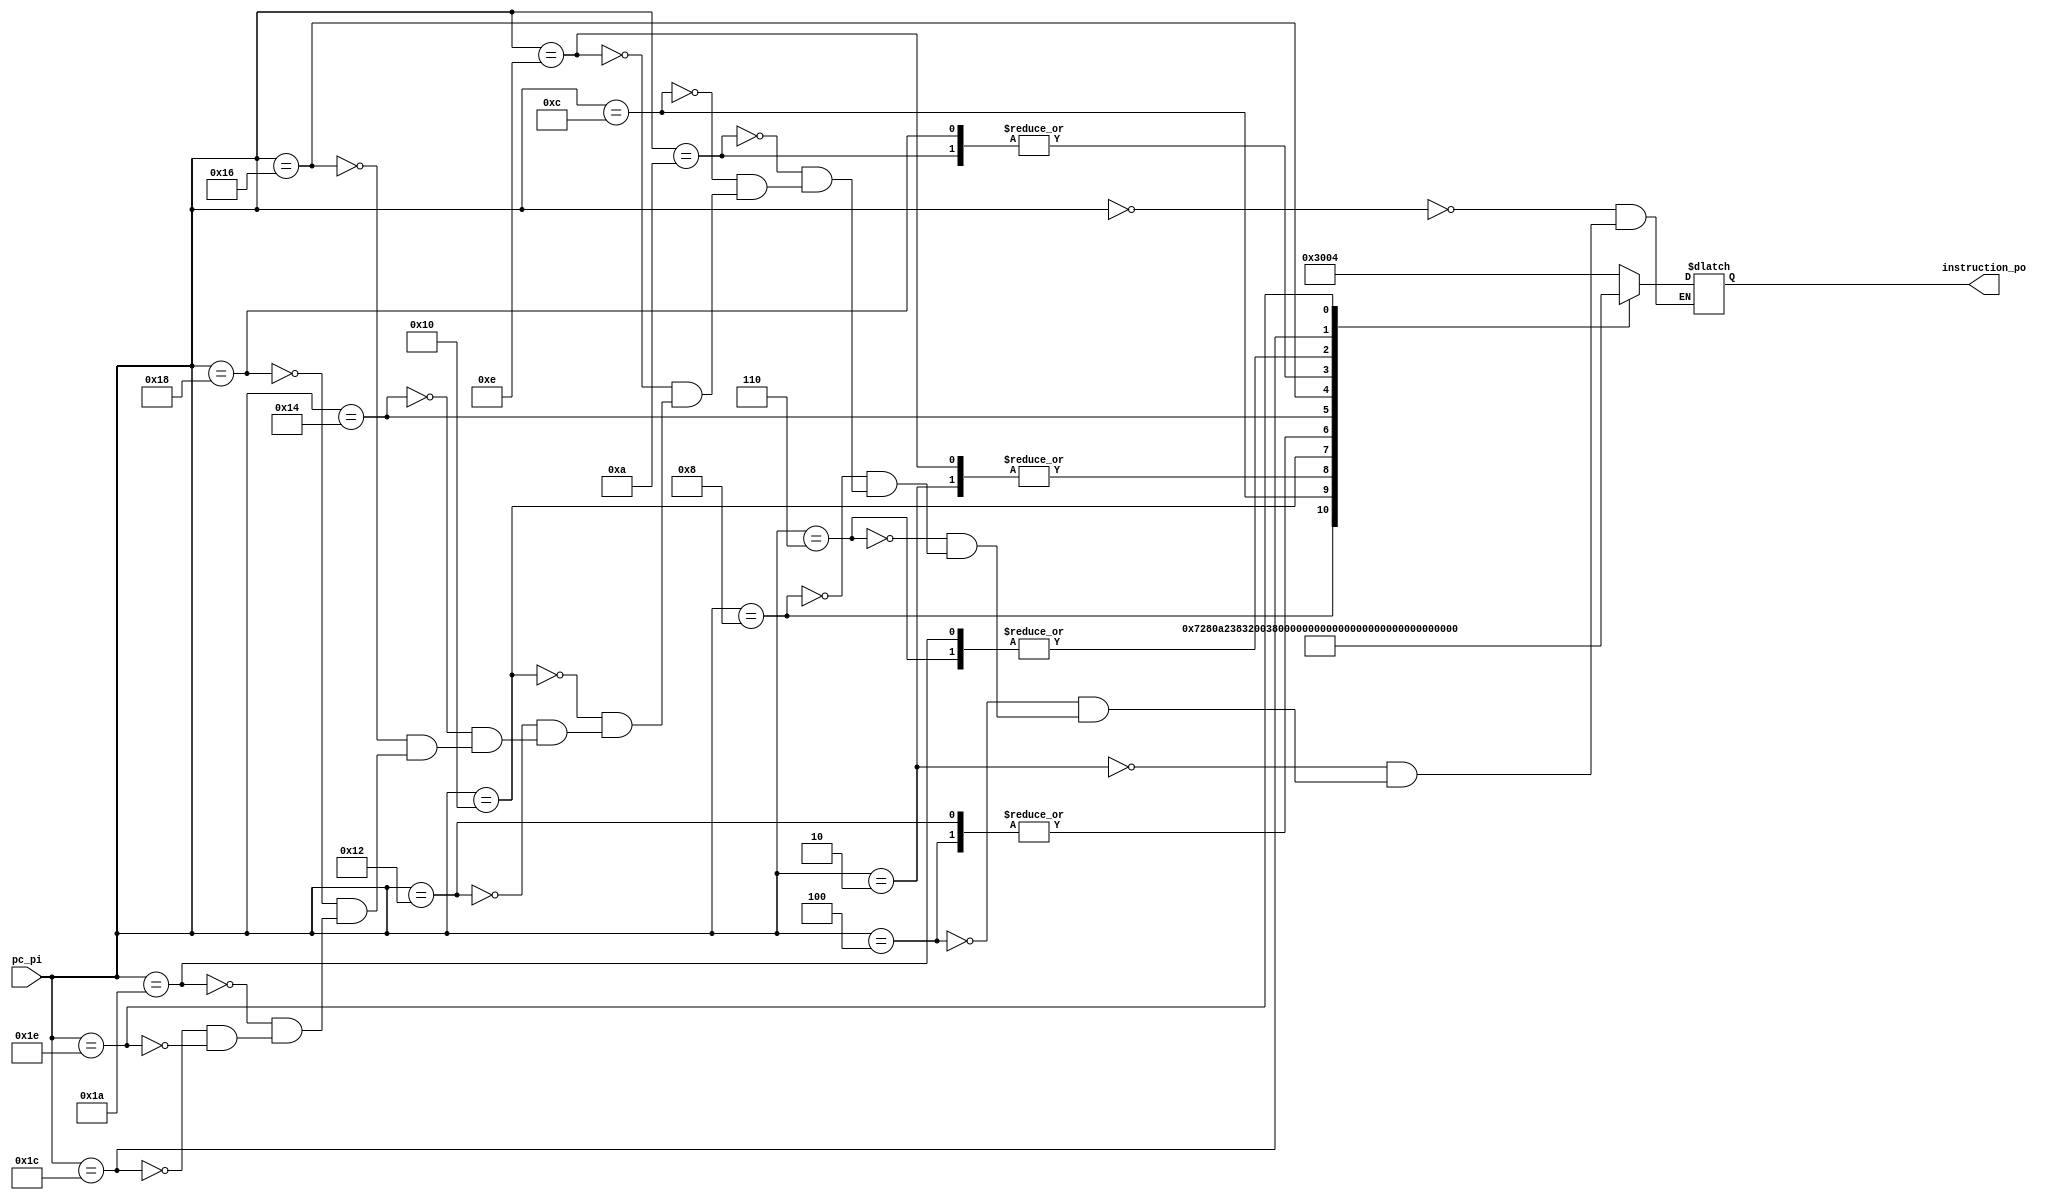
`timescale 1ns / 1ps

/**
 * Module: instruction_mem
 * 
 * The instruction memory model for the processor.
 * 
 */

module instruction_mem(
	input [15:0] pc_pi,
	output[15:0] instruction_po
      );

   reg [15:0] 		  instruction;

   assign instruction_po = instruction;

   initial begin
      instruction <= 16'h0000;
   end

   
   always @(pc_pi) begin  
   case(pc_pi)	     


// Comment out this code for Fibonacci      			


// TEST 1 PROGRAM (Array Sum) FOR STEP 3 (arraysum.asm)

      0: instruction = 16'b0011000000000100;        //           MOVIL $0, 4
      2: instruction = 16'b0011001000000000;       //            MOVIL   $1, 0
      4: instruction = 16'b0011010001000000;       //            MOVIL   $2, 0x40
      6: instruction = 16'b0100001001000001;       // LOOP1:     ADDI $1, $1, 1
      8: instruction = 16'b0111001010000000;       //            ST   $1, 0($2)
     10: instruction = 16'b0100010010000010;      //            ADDI $2, $2, 2
     12: instruction = 16'b1010001000111000;      //            BLE  $1, $0, LOOP1
     14: instruction = 16'b0011001000000000;      //            MOVIL   $1, 0
     16: instruction = 16'b0011100000000000;      //            MOVIL   $4, 0
     18: instruction = 16'b0011010001000000;       //            MOVIL   $2, 0x40
     20: instruction = 16'b0110011010000000;      // LOOP2:     LD $3, 0($2)
     22: instruction = 16'b0001100100011000;      //            ADD  $4, $4, $3
     24: instruction = 16'b0100010010000010;      //            ADDI $2, $2, 2
     26: instruction = 16'b0100001001000001;      //            ADDI $1, $1, 1
     28: instruction = 16'b1010001000110110;      //            BLE  $1, $0, LOOP2
     30: instruction = 16'b1111111111111111;      //            HALT

 
// Uncomment this code for Fibonacci

			
// TEST 2 PROGRAM (Fib) for Step 3 (fib.asm)
/*
     0: instruction = 16'b0011100000000000;    //          MOVIL   $4, 0 
     2: instruction = 16'b0011011000000001;    //          MOVIL   $3, 1
     4: instruction = 16'b0001010011100000;    //  FIB:    ADD $2 $3 $4
     6: instruction = 16'b1011000000000110;    //	   BC END
     8: instruction = 16'b0010100011000011;    //          CP $4 $3
     10: instruction = 16'b0010011010000011;   //          CP $3 $2
     12: instruction = 16'b1000000000110110;   //          BEQ $0, $0, FIB
     14: instruction = 16'b1111111111111111;   //  END:    HALT

 
    default: instruction = 16'h0;
*/
   endcase

   end

always @(pc_pi)  begin
 
// Comment out $display statement for Fibonacci

  #5;      $display("\nINS_MEM:\tTime:%3d\tPC: %2d\tInstruction: %x", $time, pc_pi, instruction_po);


end
   
endmodule